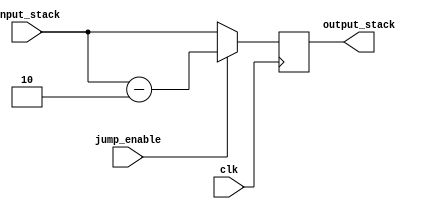
`timescale 1ns / 1ps
//////////////////////////////////////////////////////////////////////////////////
// Company: 
// Engineer: 
// 
// Design Name: 
// Module Name: sp_subtractor
// Project Name: 
// Target Devices: 
// Tool Versions: 
// Description: 
// 
// Dependencies: 
// 
// Revision:
// Revision 0.01 - File Created
// Additional Comments:
// 
//////////////////////////////////////////////////////////////////////////////////


module sp_subtractor#(parameter W = 16)(
    input clk,
    input [W-1:0] input_stack,
    input jump_enable,
    output reg [W-1:0] output_stack
);

always @(posedge clk) begin
    if(jump_enable)
        output_stack = input_stack - 2;
    else
        output_stack = input_stack;
end
endmodule